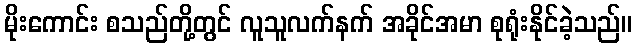
မိုးကောင်း စသည်တို့တွင် လူသူလက်နက် အခိုင်အမာ စုရုံးနိုင်ခဲ့သည်။